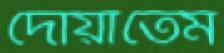
দোয়াতেম